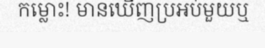
កម្លោះ! មានឃើញប្រអប់មួយឬ